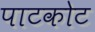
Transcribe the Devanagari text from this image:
पाटकोट